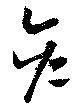
彦